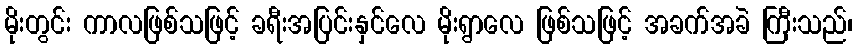
မိုးတွင်း ကာလဖြစ်သဖြင့် ခရီးအပြင်းနှင်လေ မိုးရွာလေ ဖြစ်သဖြင့် အခက်အခဲ ကြီးသည်၊